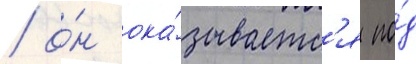
/ о́н ока́зываетс'я по́д